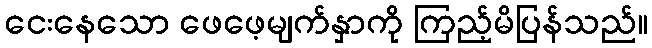
ငေးနေသော ဖေဖေ့မျက်နှာကို ကြည့်မိပြန်သည်။